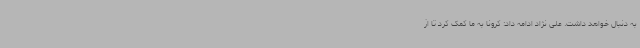
به دنبال خواهد داشت. علی نژاد ادامه داد: کرونا به ما کمک کرد تا از